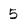
Character: 5